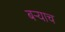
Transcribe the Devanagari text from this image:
बऱ्‍याच